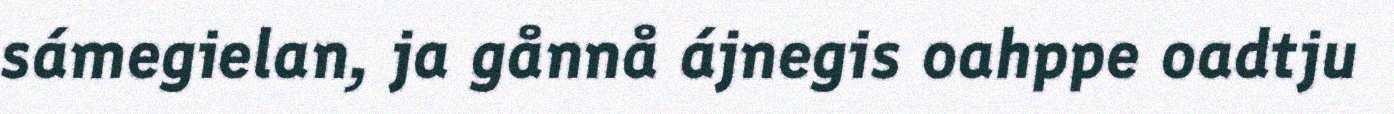
sámegielan, ja gånnå ájnegis oahppe oadtju